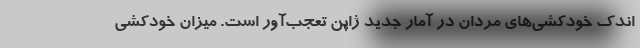
اندک خودکشی‌های مردان در آمار جدید ژاپن تعجب‌‌آور است. میزان خودکشی